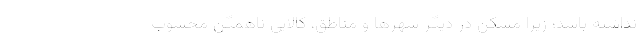
نداشته باشد؛ زیرا مسکن در دیگر شهرها و مناطق، کالایی ناهمگن محسوب